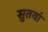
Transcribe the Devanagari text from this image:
सुतवां